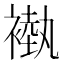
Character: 褹